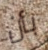
بأن